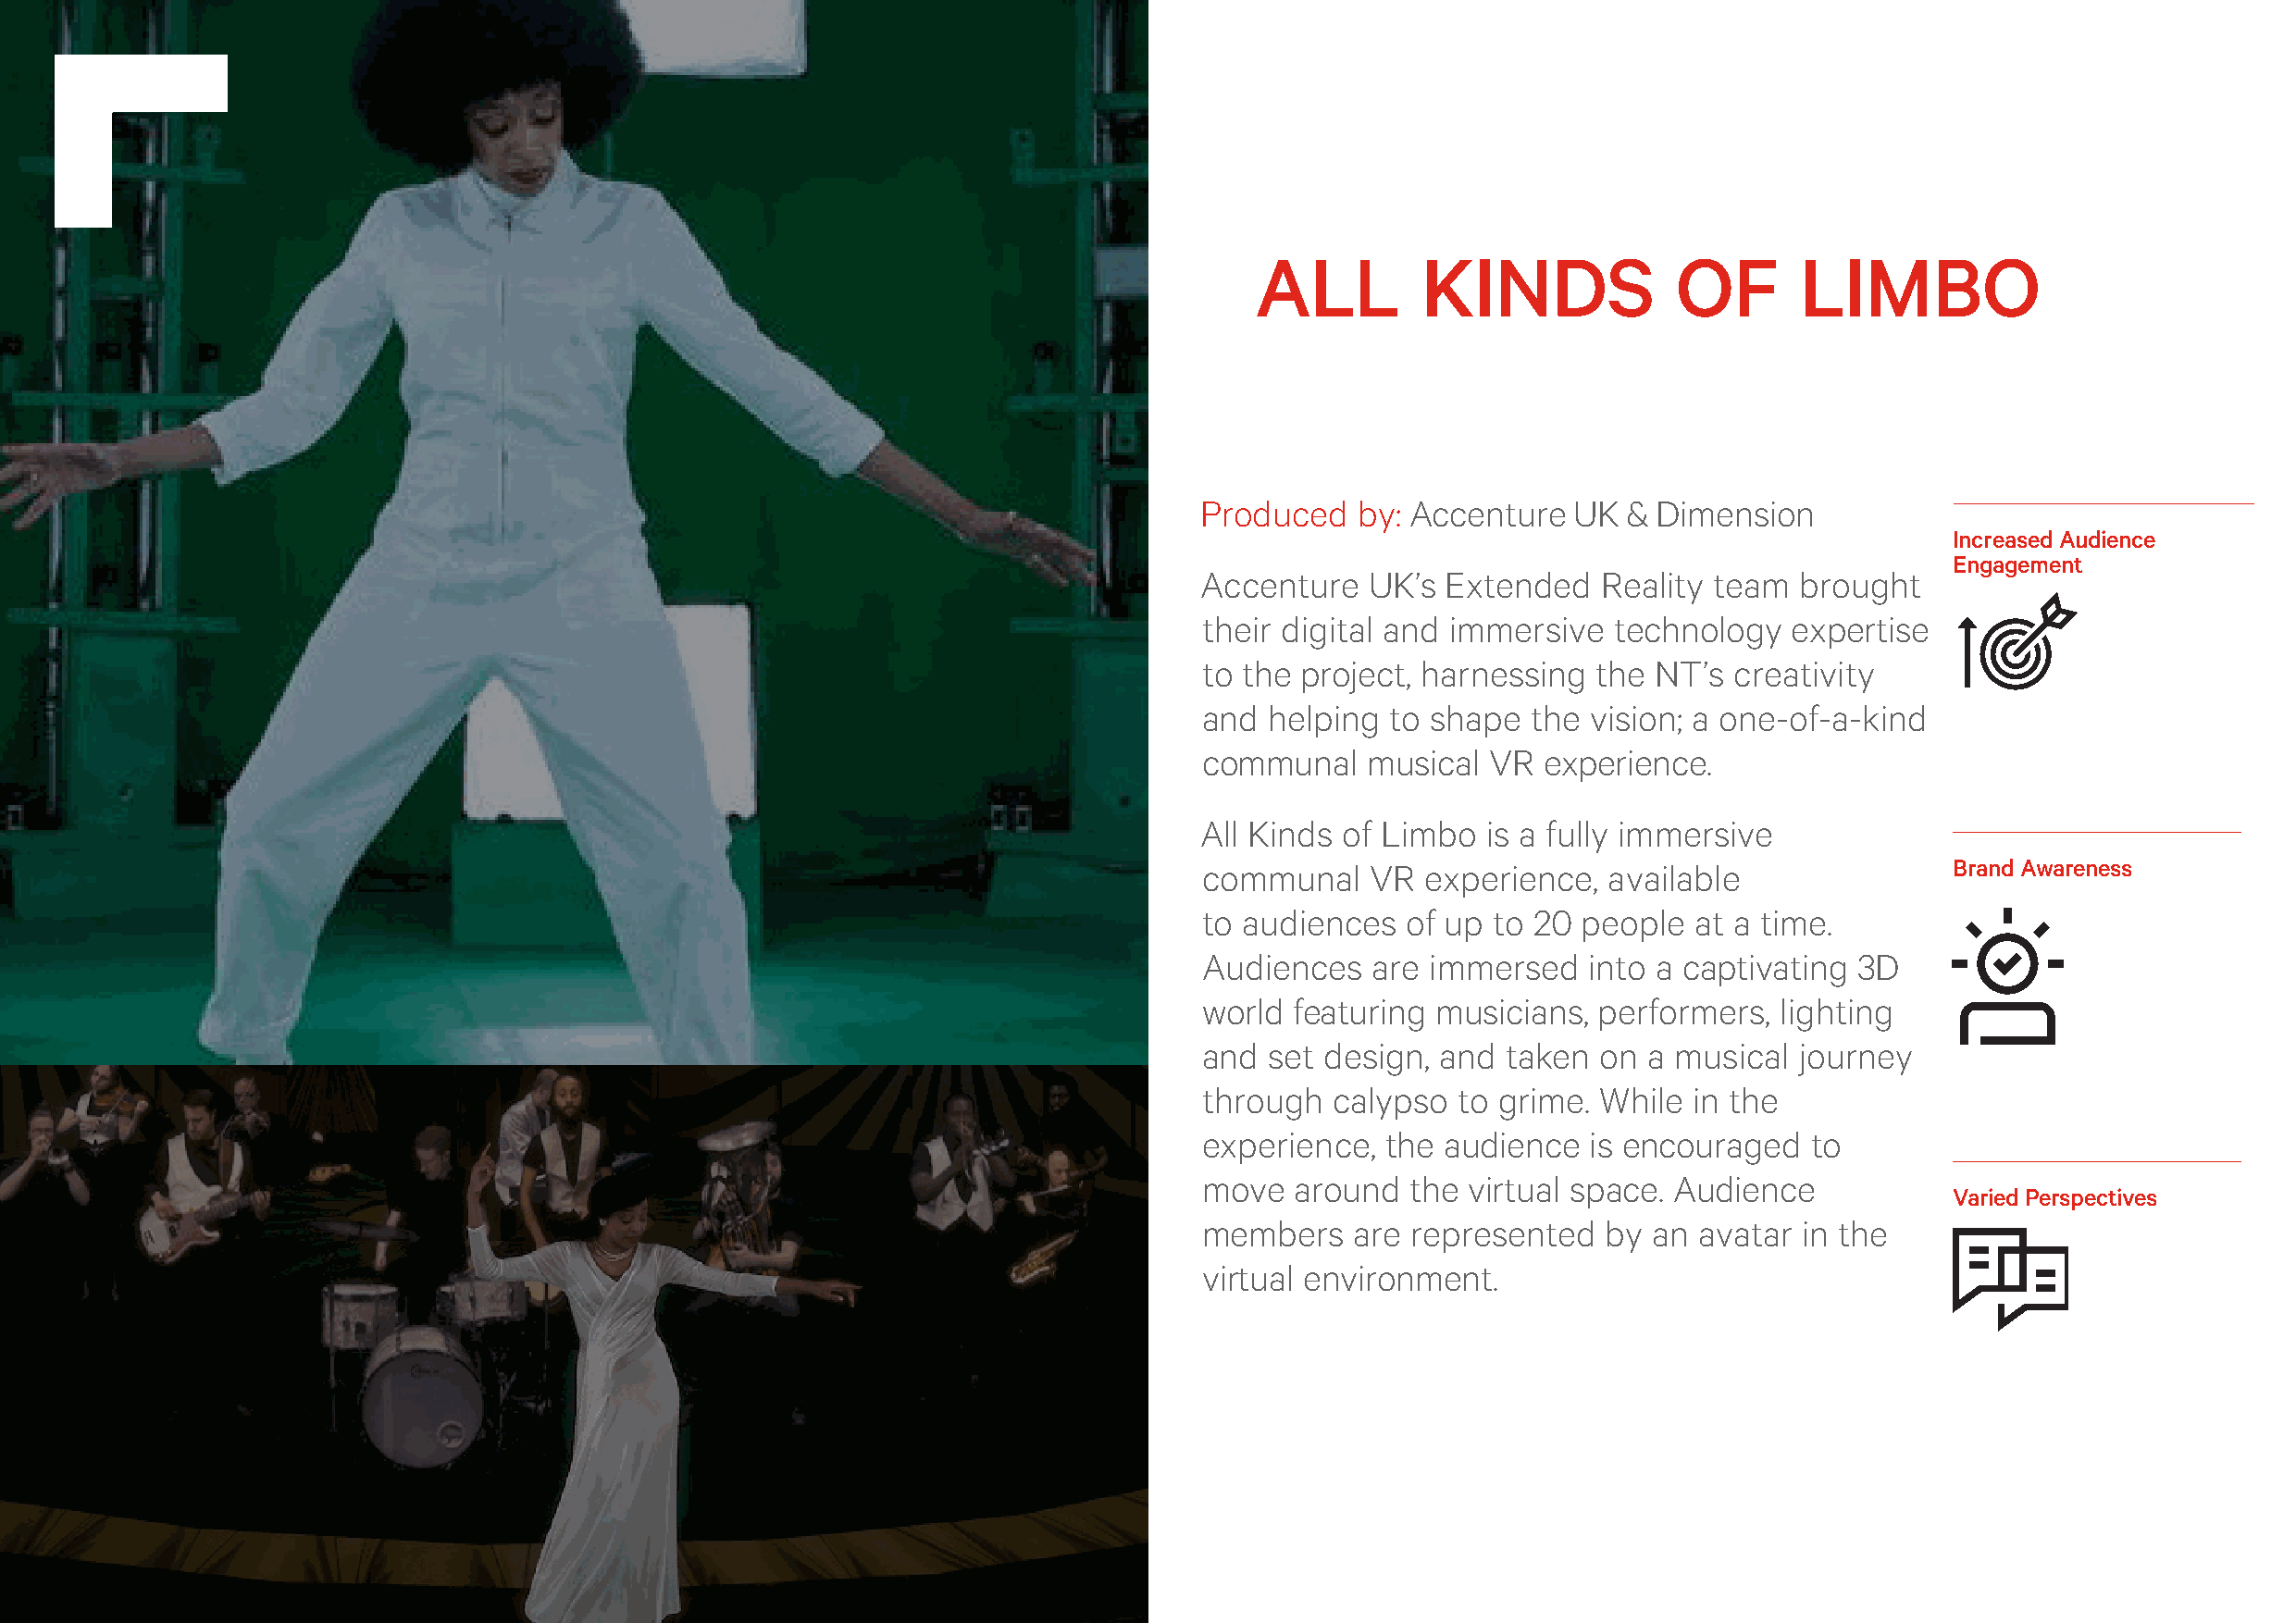
BIMA Immersive Report
 ALL         KINDS             OF       LIMBO
 Produced   by: Accenture   UK & Dimension
 Increased Audience
 Engagement
 Accenture   UK’s Extended    Reality team  brought
 their digital and immersive  technology   expertise
 to the project, harnessing  the NT’s  creativity
 and  helping to shape  the  vision; a one-of-a-kind
 communal    musical  VR  experience.
 All Kinds of Limbo  is a fully immersive
 communal    VR  experience,  available                Brand Awareness
 to audiences   of up to 20 people  at a time.
 Audiences   are immersed    into a captivating 3D
 world featuring  musicians, performers,  lighting
 and  set design, and  taken on  a musical  journey
 through  calypso  to grime. While  in the
 experience,  the audience   is encouraged   to
 move   around  the virtual space. Audience
 Varied Perspectives
 members    are represented   by an avatar  in the
 virtual environment.